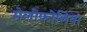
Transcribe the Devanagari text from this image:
मेलीफोलिया